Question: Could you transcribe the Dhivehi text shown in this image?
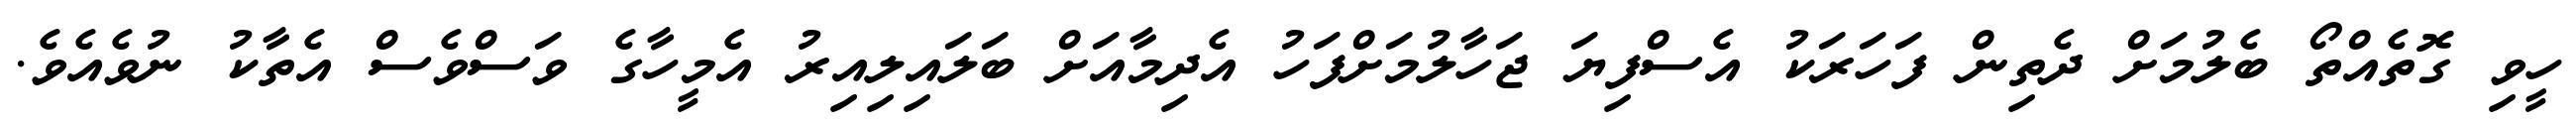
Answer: ހީވި ގޮތެއްތޯ ބެލުމަށް ދެތިން ފަހަރަކު އެސްފިޔަ ޖަހާލުމަށްފަހު އެދިމާއަށް ބަލައިލިއިރު އެމީހާގެ ވަސްވެސް އެތާކު ނުވެއެވެ.